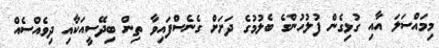
މިމައްސަލަ އާއި ގުޅިގެން ފުލުހުންގެ ބެލުމުގެ ދަށަށް ގެނެސްފައިވާ ތިން ބިދޭސީއަކާއި ދިވެއްސެއް